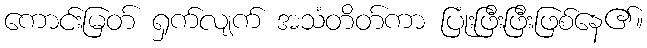
ကောင်းမြတ် ရှက်လျက် အသံတိတ်ကာ ပြုံးဖြီးဖြီးဖြစ်နေ၏။